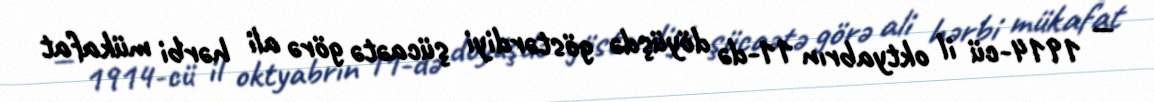
— 1914-cü il oktyabrın 11-də döyüşdə göstərdiyi şücaətə görə ali hərbi mükafat